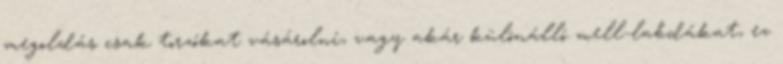
megoldás csak torzókat vásárolni, vagy akár különálló mell-labdákat, ez